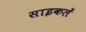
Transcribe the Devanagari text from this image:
साइकलें